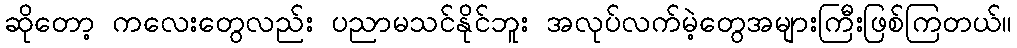
ဆိုတော့ ကလေးတွေလည်း ပညာမသင်နိုင်ဘူး အလုပ်လက်မဲ့တွေအများကြီးဖြစ်ကြတယ်။